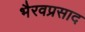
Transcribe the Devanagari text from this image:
भैरवप्रसाद